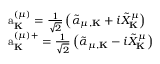
\begin{array} { r l } & { \mathrm { a } _ { \bf K } ^ { ( \mu ) } = \frac { 1 } { \sqrt { 2 } } \left( { \tilde { \alpha } } _ { \mu , { \bf K } } + i { \tilde { X } } _ { \bf K } ^ { \mu } \right) } \\ & { \mathrm { a } _ { \bf K } ^ { ( \mu ) + } = \frac { 1 } { \sqrt { 2 } } \left( { \tilde { \alpha } } _ { \mu , { \bf K } } - i { \tilde { X } } _ { \bf K } ^ { \mu } \right) } \end{array}